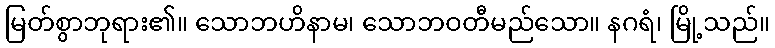
မြတ်စွာဘုရား၏။ သောဘဟိနာမ၊ သောဘဝတီမည်သော။ နဂရံ၊ မြို့သည်။